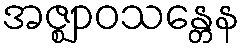
အဇ္ဈာဝသန္တေန